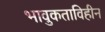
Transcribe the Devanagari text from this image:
भावुकताविहीन